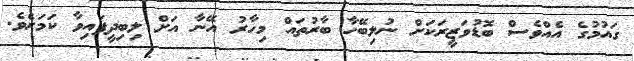
ގައުމުގެ އެއްވެސް ބޮޑުވަޒީރަކަށް ނުލިބޭހާ ބާރުތައް މިހާރު އޭނާ އަށް ލިބިދީފައިވާ ކަމަށެވެ.